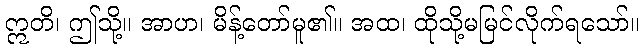
ဣတိ၊ ဤသို့။ အာဟ၊ မိန့်တော်မူ၏။ အထ၊ ထိုသို့မမြင်လိုက်ရသော်။